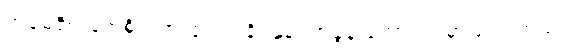
အမေရိကန်အစိုးရက ၄၀ ရာခိုင်နှုန်း အခွန် ကောက်ခံမှာဖြစ်ပါတယ်။